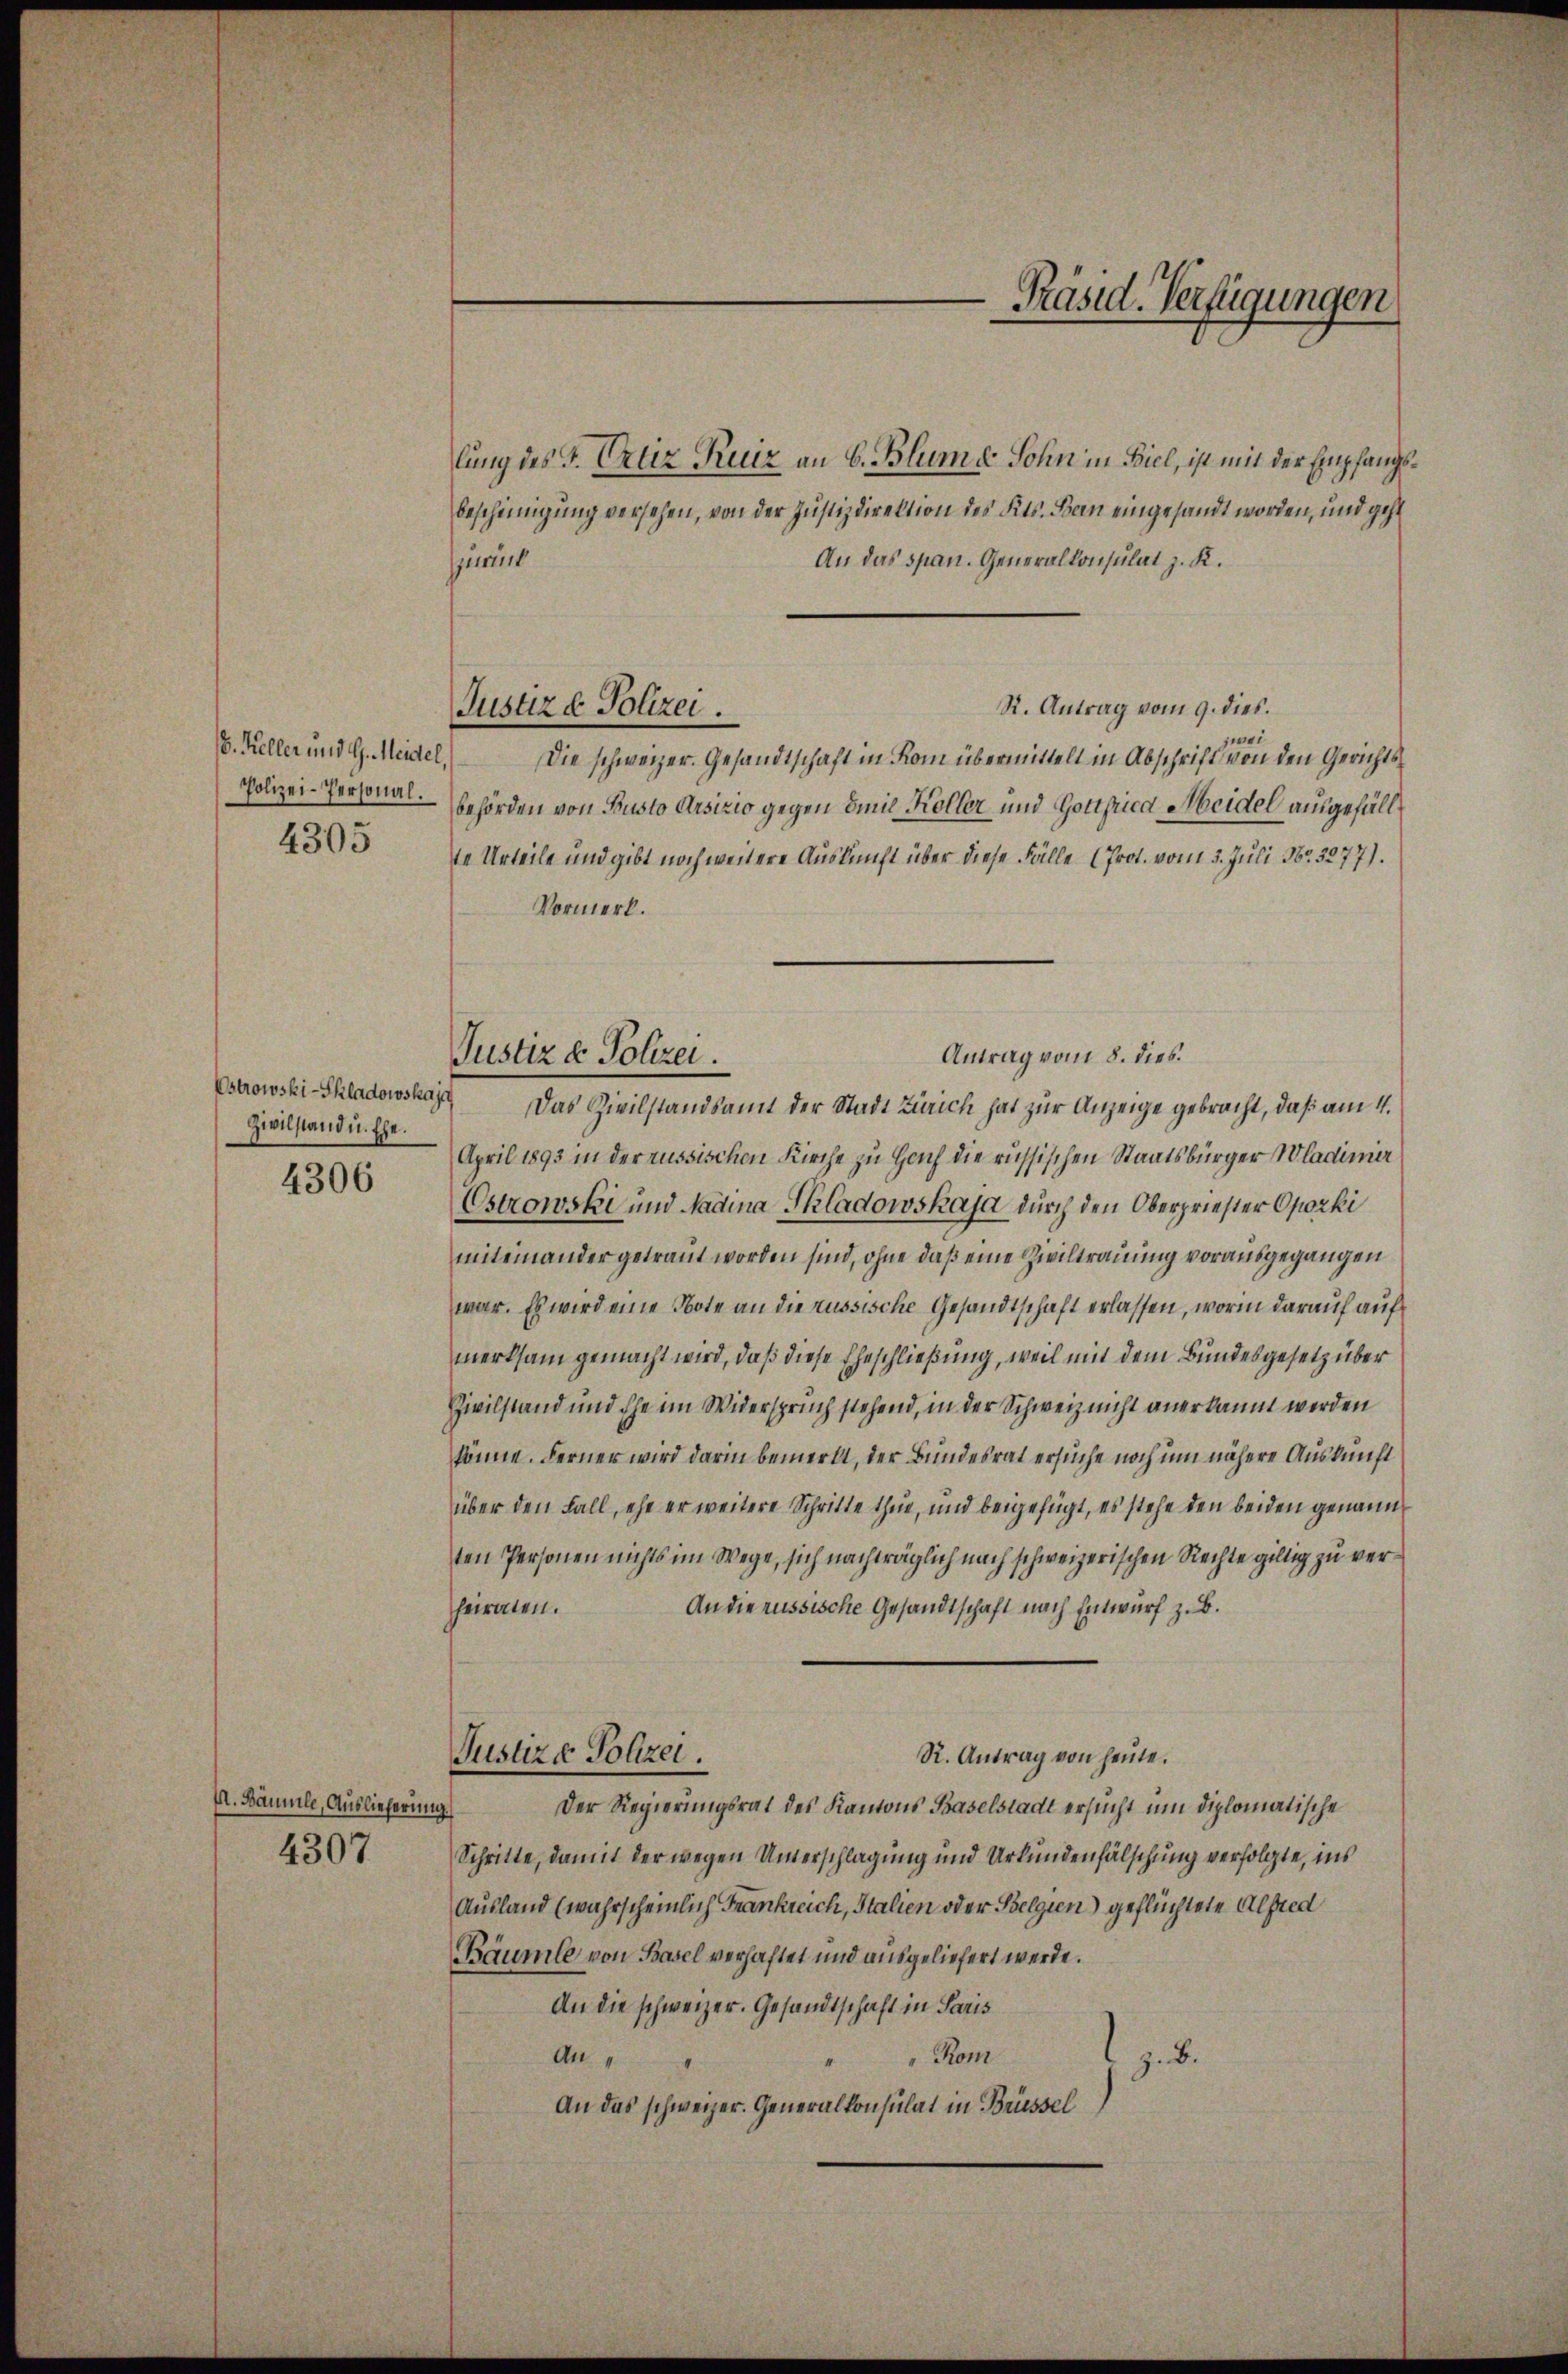
Polizei-Personal.
4305

Estrowski-Skladowskaje
Zivilstand u. Ehe.

4306

I. Bäumle, Auslieferung

4307

lung des I. Ortez Ruiz an C. Blume Sohn in Biel, ist mit der Empfangsbescheinigung versehen, von der Justizdirektion des Kts. Bern eingesandt worden, und geht
An das span. Generalkonsulat z. K.
zurich
R. Antrag vom 9. dies.
wei
E. Keller und G. Meidel, Die schweizer. Gesandtschaft in Kom übermittelt in Abschrift von den Gerichtsbehörden von Busto Arsizio gegen Emil Koller und Gottfried Meidel ausgefällte Urteile und gibt noch weitere Auskunft über diese Fälle (Prot. vom 3. Juli Nr. 3277).
Vormerk.
Antrag vom 8. dies.
Das Zivilstandsamt der Stadt Zürich hat zur Anzeige gebracht, daß am 11.
April 1893 in der russischen Kirche zu Hauch die russischen Staatsbürger Wladimir
Cstrowski und Nadina Skladowskaja durch den Oberpriester Oporki
miteinander getraut worden sind, ohne daß eine Ziviltrauung vorausgegangen
war. Es wird eine Note an die russische Gesandtschaft erlassen, worinn darauf auf
merksam gemacht wird, daß diese Eheschließung, weil mit dem Bundesgesetz über
Zivilstand und Ehe im Widerspruch stehend, in der Schweiz nicht anerkannt werden
könne. Ferner wird darin bemerkt, der Bundesrat ersuche noch um nähere Auskunft
über den Fall, ehe er weitere Schritte thue, und beigefügt, es stehe den beiden genannten Personen nichts im Wege, sich nachträglich nach schweizerischen Rechte giltig zu ver¬
An die russische Gesandtschaft nach Entwurf z. B.
heiraten.
Justiz- Polizei.
R. Antrag von heute.
Der Regierungsrat des Kantons Baselstadt ersucht um diplomatische
Schritte, damit der wegen Unterschlagung und Urkundenfälschung verfolgte, ins
Ausland (wahrscheinlich Frankreich, Italien oder Belgien) geflüchtete Alfred
Bäumle von Basel verhaftet und ausgeliefert werde.
An die schweizer. Gesandtschaft in Paris
Kom
An
z. B.
An das schweizer. Generalkonsulat in Brüssel

Justiz & Polizei.

Justiz & Polizei.

Präsid. Verfügungen